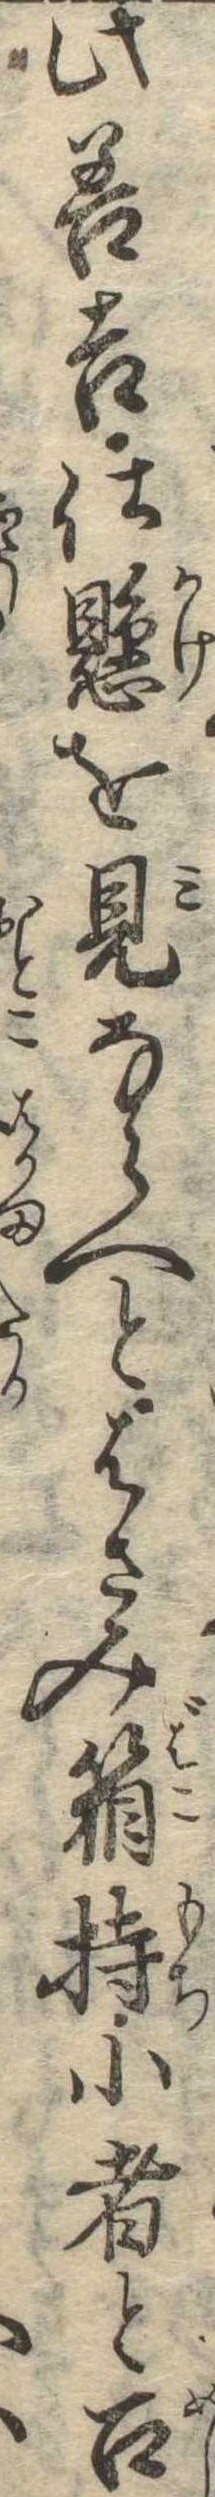
此善吉仕懸を見ならへとはさみ箱持小者と召